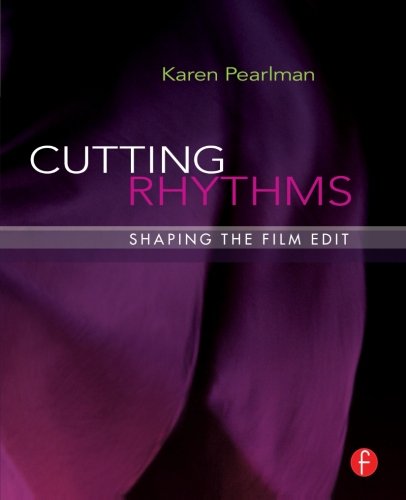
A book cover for Cutting Rhythms: Shaping the Film Edit; Karen Pearlman; Humor & Entertainment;